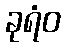
ခုရံဝ